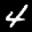
Label: 4